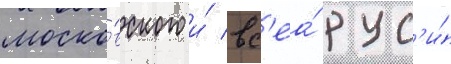
моско́вского и́ вс'еа́ рус'и́